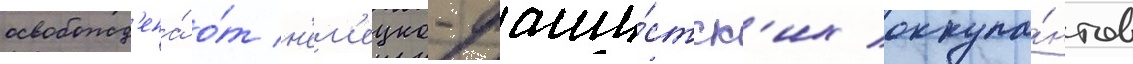
освобожд'ена́ о́т н'ем'ецко-фаши́стск'их оккупа́нтов